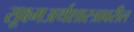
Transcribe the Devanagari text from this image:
सूक्ष्मअर्थशास्त्रावरील